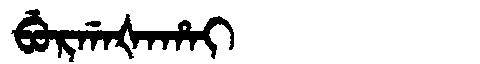
Manchu: ᠪᡠᡵᡤᠠᡧᠠᡥᠠᡳ
Romanization: BURGAŠAHAI